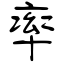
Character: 率